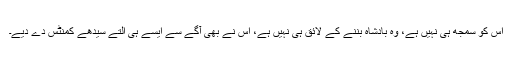
اس کو سمجھ ہی نہیں ہے، وہ بادشاہ بننے کے لائق ہی نہیں ہے، اس نے بھی آگے سے ایسے ہی التے سیدھے کمنٹس دے دیے۔